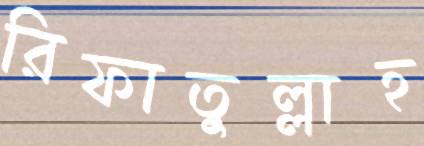
রিফাতুল্লাহ